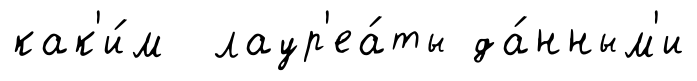
как'и́м лаур'еа́ты да́нным'и